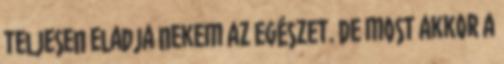
teljesen eladja nekem az egészet. De most akkor a